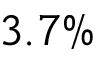
3 . 7 \%